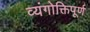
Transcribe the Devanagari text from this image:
व्यंगोक्तिपूर्ण